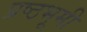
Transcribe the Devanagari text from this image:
प्रष्ठभूमी